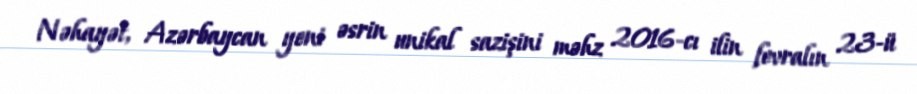
Nəhayət, Azərbaycan yeni əsrin unikal sazişini məhz 2016-cı ilin fevralın 23-ü